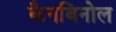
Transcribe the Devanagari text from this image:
कैनबिनोल